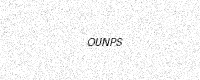
Text: OUNPS